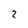
Character: 2